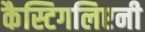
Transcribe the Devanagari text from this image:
कैस्टिगलिएनी